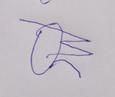
Signature authenticity: forged